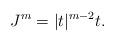
LaTeX: \begin{align*}J^{m} = \vert t \vert^{m-2} t.\end{align*}